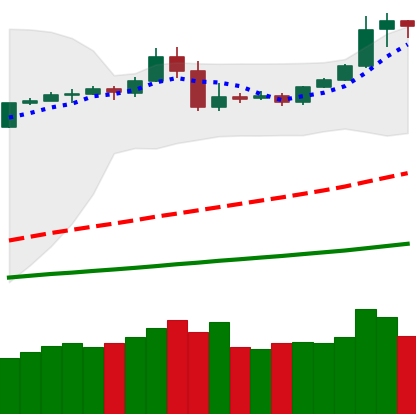
Ticker: BTC-USD
Chart end date: 2019-05-05
Forward return: 10.062%
Label: up_7plus